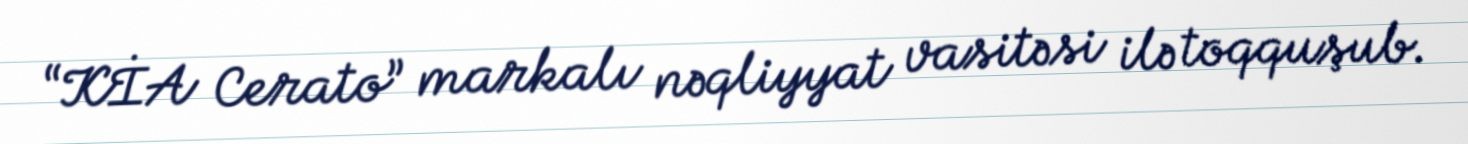
“KİA Cerato” markalı nəqliyyat vasitəsi ilə toqquşub.